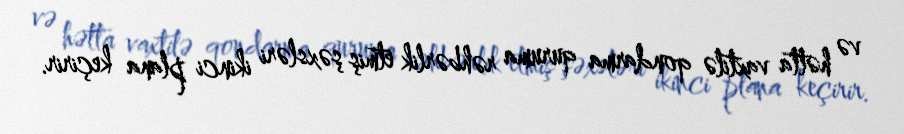
və hətta vaxtilə qondarma quruma rəhbərlik etmiş şəxsləri ikinci plana keçirir.